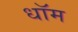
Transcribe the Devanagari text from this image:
धॉम